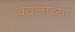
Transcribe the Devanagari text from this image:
बदलाव्या